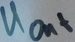
Text: UOut